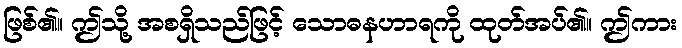
ဖြစ်၏။ ဤသို့ အစရှိသည်ဖြင့် သောဓနဟာရကို ထုတ်အပ်၏။ ဤကား